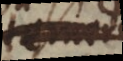
tem